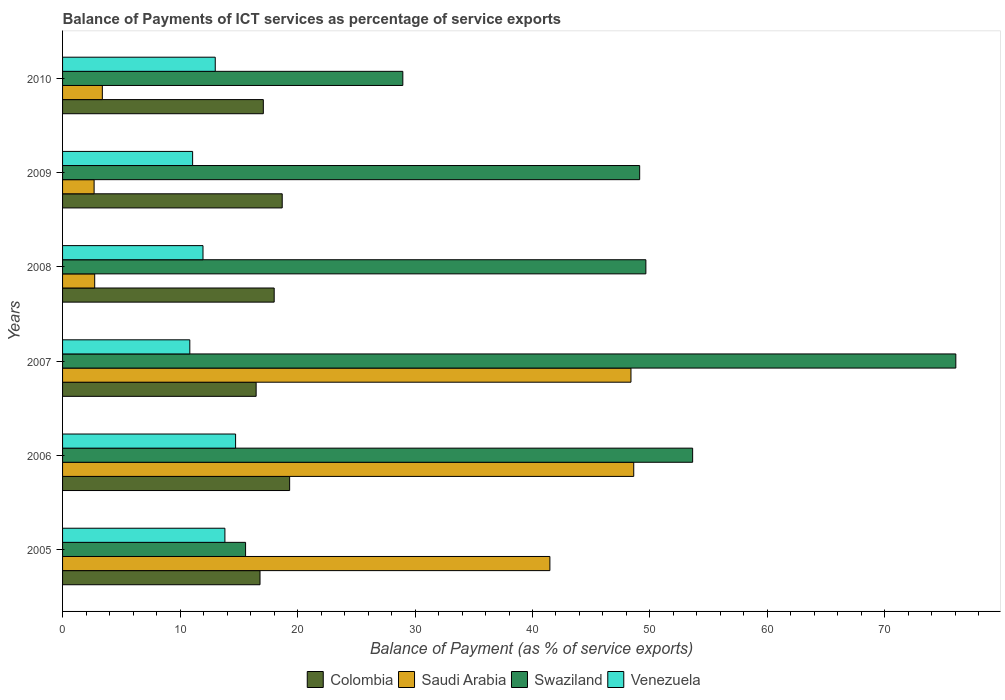
| Years | Colombia | Saudi Arabia | Swaziland | Venezuela |
 | --- | --- | --- | --- | --- |
 | 2005 | 16.8 | 41.5 | 15.6 | 13.8 |
 | 2006 | 19.3 | 48.6 | 53.6 | 14.7 |
 | 2007 | 16.5 | 48.4 | 76 | 10.8 |
 | 2008 | 18 | 2.73 | 49.7 | 12 |
 | 2009 | 18.7 | 2.68 | 49.1 | 11.1 |
 | 2010 | 17.1 | 3.39 | 29 | 13 |